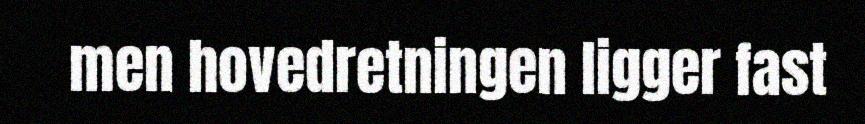
men hovedretningen ligger fast